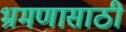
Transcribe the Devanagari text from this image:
भ्रमणासाठी